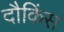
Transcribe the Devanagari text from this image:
दौकिंस